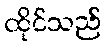
ထိုင်သည်